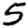
Digit: 5